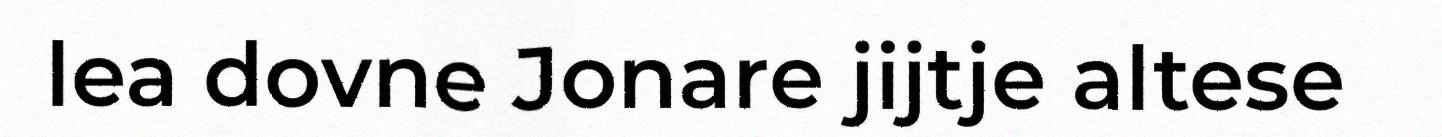
lea dovne Jonare jijtje altese